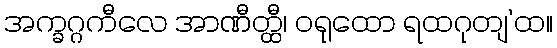
အက္ခဂ္ဂကီလေ အာဏီတ္ထီ၊ ဝရုထော ရထဂုတျ’ထ။